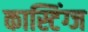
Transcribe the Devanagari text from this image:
कास्टिंग्ज